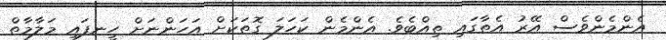
އެންމެންވެސް އޭރު އެތާގައި ތިއްބެވެ. އެންމެން ކަހަލަ ގޮތަކަށް އަހަންނަށް ހީނފައި މަލާމާތް